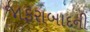
જાફરાબાદની